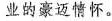
业的豪迈情怀。